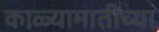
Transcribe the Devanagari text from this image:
काळ्यामातीच्या